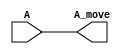
module move(A, A_move);
    input A;
    output A_move;
    
    assign A_move = A;
endmodule